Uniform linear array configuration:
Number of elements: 8
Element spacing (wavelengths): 1
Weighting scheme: hann
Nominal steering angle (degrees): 15
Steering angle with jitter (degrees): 15.605
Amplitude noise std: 0.05
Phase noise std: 0.05

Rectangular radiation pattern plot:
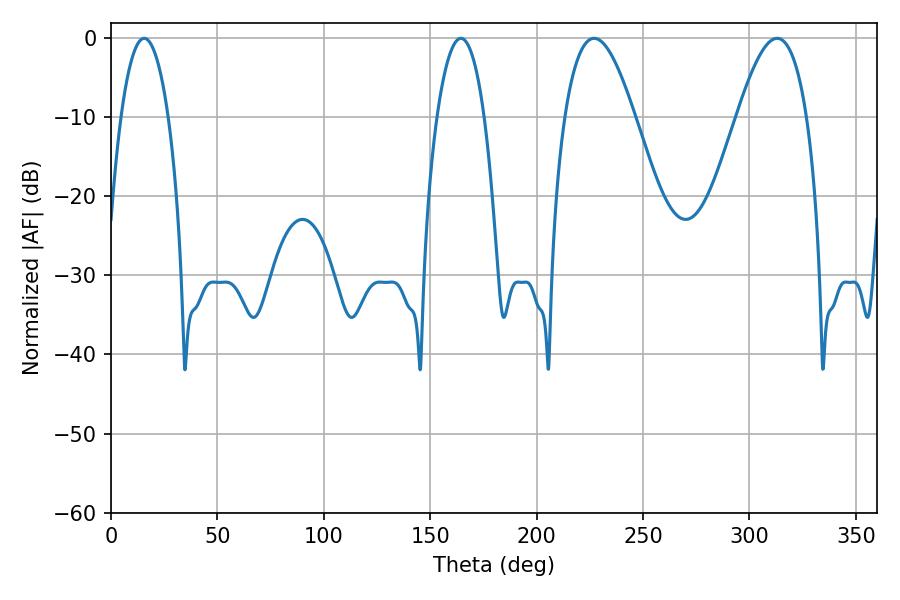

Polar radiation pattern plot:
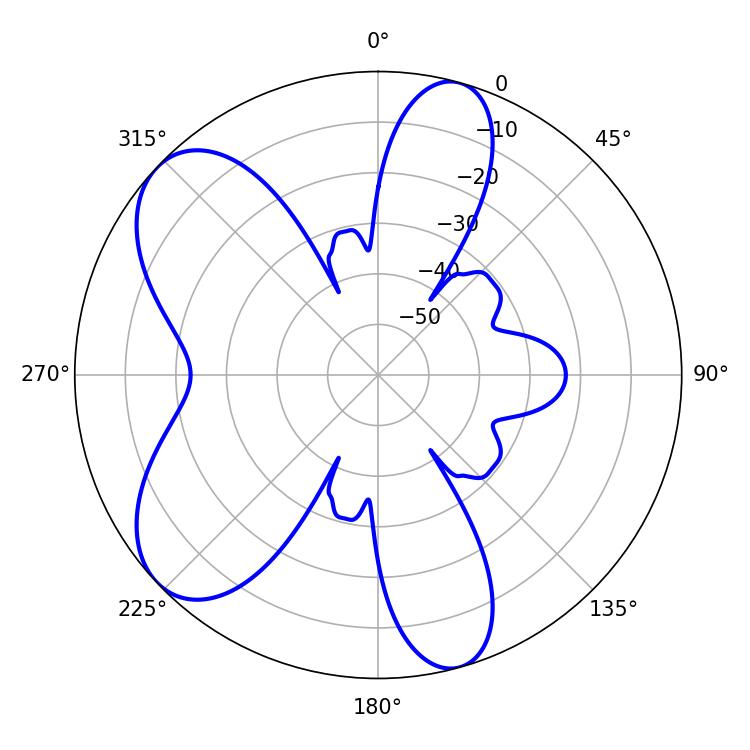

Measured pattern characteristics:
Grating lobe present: TRUE
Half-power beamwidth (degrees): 17.82
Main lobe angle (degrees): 226.98